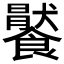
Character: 𩞹